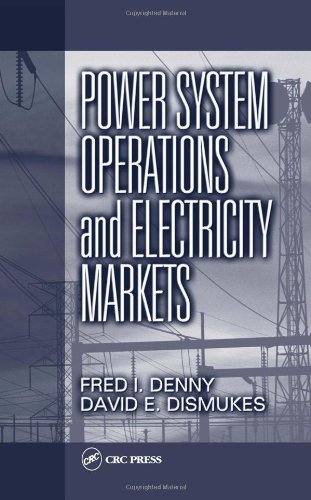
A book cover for Power System Operations and Electricity Markets (Electric Power Engineering Series); Fred I. Denny; Business & Money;